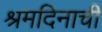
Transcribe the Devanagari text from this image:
श्रमदिनाची